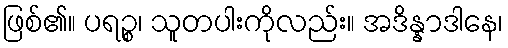
ဖြစ်၏။ ပရဉ္စ၊ သူတပါးကိုလည်း။ အဒိန္နာဒါနေ၊